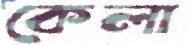
কেলা